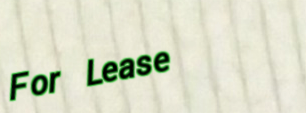
For Lease